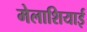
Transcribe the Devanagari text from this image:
मेलाशियाई